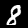
Label: 8